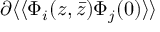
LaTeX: \partial \langle \langle \Phi _ { i } ( z , \bar { z } ) \Phi _ { j } ( 0 ) \rangle \rangle